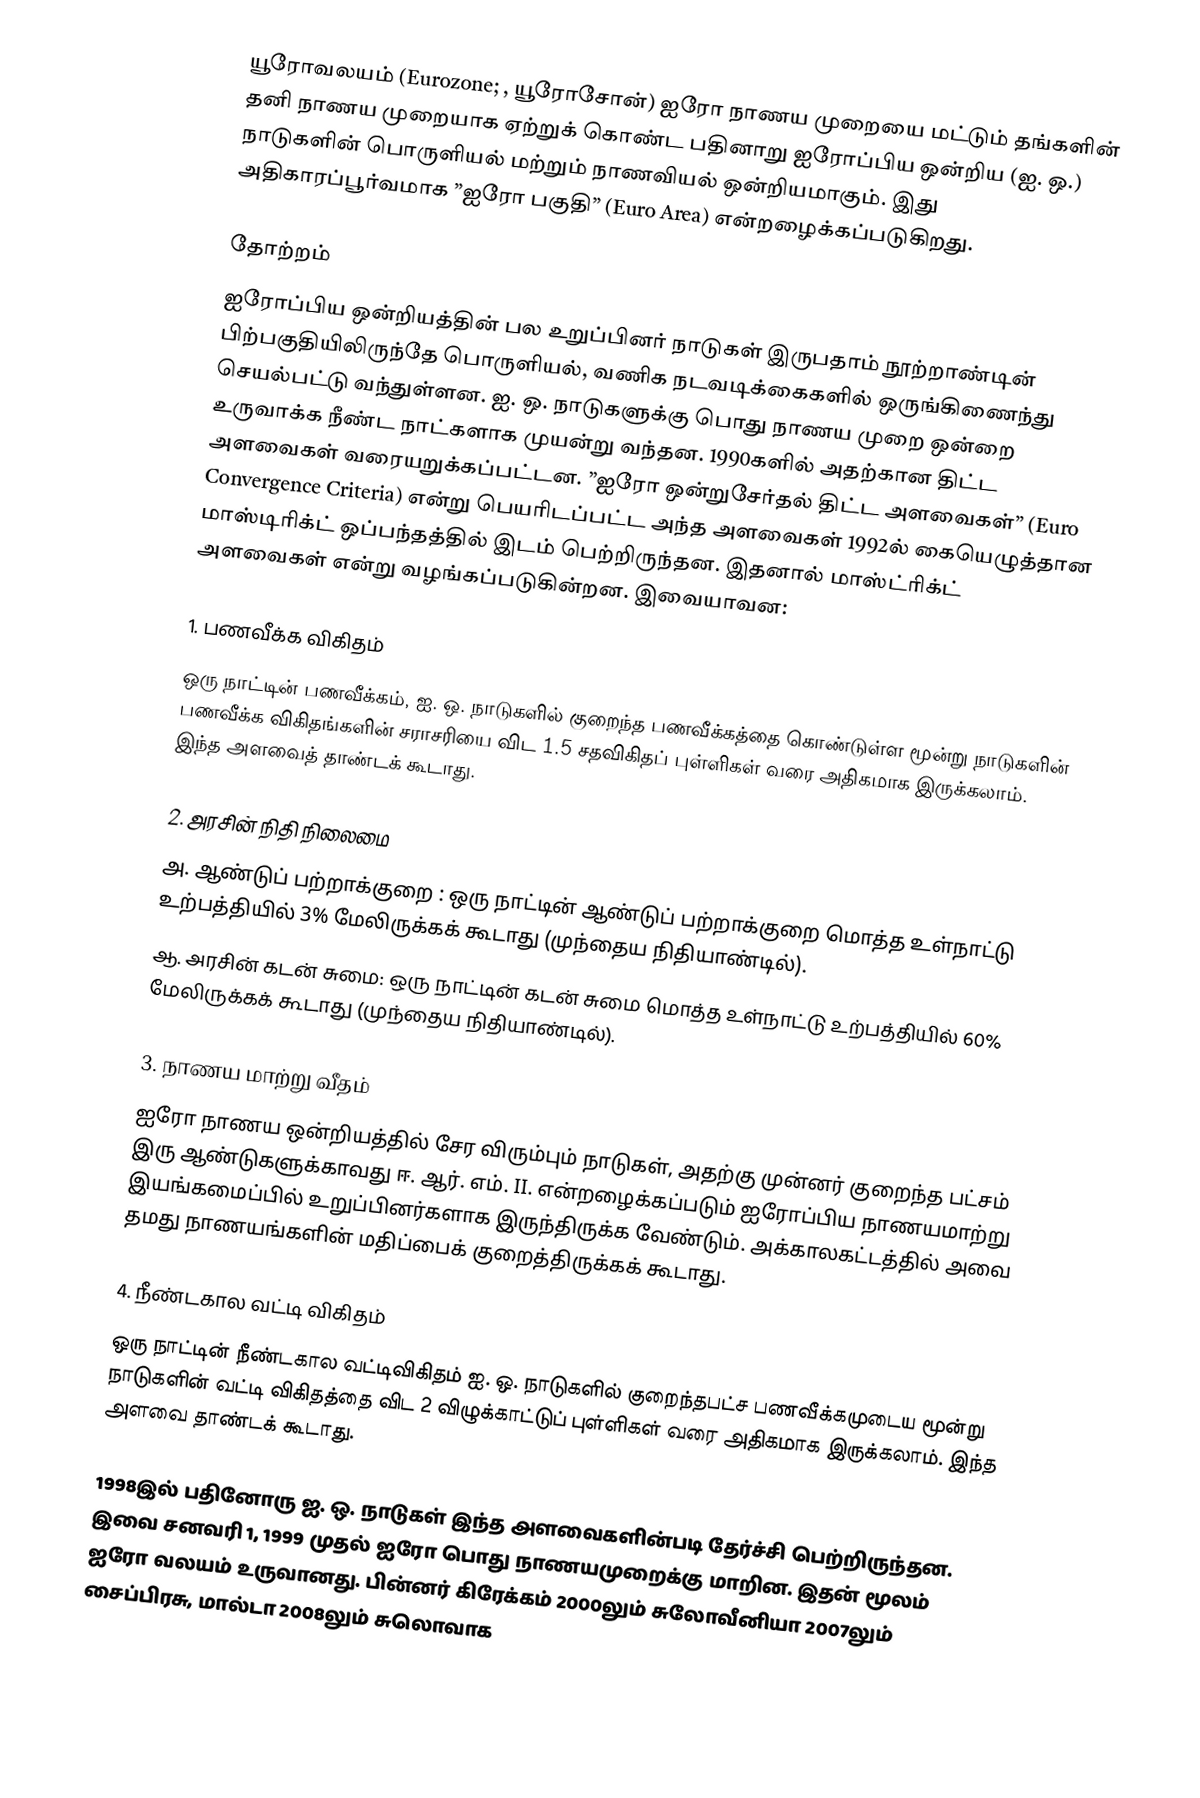
யூரோவலயம் (Eurozone; , யூரோசோன்) ஐரோ நாணய முறையை மட்டும் தங்களின் தனி நாணய முறையாக ஏற்றுக் கொண்ட பதினாறு ஐரோப்பிய ஒன்றிய (ஐ. ஒ.) நாடுகளின் பொருளியல் மற்றும் நாணவியல் ஒன்றியமாகும். இது அதிகாரப்பூர்வமாக ”ஐரோ பகுதி” (Euro Area) என்றழைக்கப்படுகிறது.

தோற்றம்
ஐரோப்பிய ஒன்றியத்தின் பல உறுப்பினர் நாடுகள் இருபதாம் நூற்றாண்டின் பிற்பகுதியிலிருந்தே பொருளியல், வணிக நடவடிக்கைகளில் ஒருங்கிணைந்து செயல்பட்டு வந்துள்ளன. ஐ. ஒ. நாடுகளுக்கு பொது நாணய முறை ஒன்றை உருவாக்க நீண்ட நாட்களாக முயன்று வந்தன. 1990களில் அதற்கான திட்ட அளவைகள் வரையறுக்கப்பட்டன. ”ஐரோ ஒன்றுசேர்தல் திட்ட அளவைகள்” (Euro Convergence Criteria) என்று பெயரிடப்பட்ட அந்த அளவைகள் 1992ல் கையெழுத்தான மாஸ்டிரிக்ட் ஒப்பந்தத்தில் இடம் பெற்றிருந்தன. இதனால் மாஸ்ட்ரிக்ட் அளவைகள் என்று வழங்கப்படுகின்றன. இவையாவன:

1. பணவீக்க விகிதம்
ஒரு நாட்டின் பணவீக்கம், ஐ. ஒ. நாடுகளில் குறைந்த பணவீக்கத்தை கொண்டுள்ள மூன்று நாடுகளின் பணவீக்க விகிதங்களின் சராசரியை விட 1.5 சதவிகிதப் புள்ளிகள் வரை அதிகமாக இருக்கலாம். இந்த அளவைத் தாண்டக் கூடாது.

2. அரசின் நிதி நிலைமை
அ. ஆண்டுப் பற்றாக்குறை : ஒரு நாட்டின் ஆண்டுப் பற்றாக்குறை மொத்த உள்நாட்டு உற்பத்தியில் 3% மேலிருக்கக் கூடாது (முந்தைய நிதியாண்டில்).
ஆ. அரசின் கடன் சுமை: ஒரு நாட்டின் கடன் சுமை மொத்த உள்நாட்டு உற்பத்தியில் 60% மேலிருக்கக் கூடாது (முந்தைய நிதியாண்டில்).

3. நாணய மாற்று வீதம்
ஐரோ நாணய ஒன்றியத்தில் சேர விரும்பும் நாடுகள், அதற்கு முன்னர் குறைந்த பட்சம் இரு ஆண்டுகளுக்காவது ஈ. ஆர். எம். II. என்றழைக்கப்படும் ஐரோப்பிய நாணயமாற்று இயங்கமைப்பில் உறுப்பினர்களாக இருந்திருக்க வேண்டும். அக்காலகட்டத்தில் அவை தமது நாணயங்களின் மதிப்பைக் குறைத்திருக்கக் கூடாது.

4. நீண்டகால வட்டி விகிதம்
ஒரு நாட்டின் நீண்டகால வட்டிவிகிதம் ஐ. ஒ. நாடுகளில் குறைந்தபட்ச பணவீக்கமுடைய மூன்று நாடுகளின் வட்டி விகிதத்தை விட 2 விழுக்காட்டுப் புள்ளிகள் வரை அதிகமாக இருக்கலாம். இந்த அளவை தாண்டக் கூடாது.

1998இல் பதினோரு ஐ. ஒ. நாடுகள் இந்த அளவைகளின்படி தேர்ச்சி பெற்றிருந்தன. இவை சனவரி 1, 1999 முதல் ஐரோ பொது நாணயமுறைக்கு மாறின. இதன் மூலம் ஐரோ வலயம் உருவானது. பின்னர் கிரேக்கம் 2000லும் சுலோவீனியா 2007லும் சைப்பிரசு, மால்டா 2008லும் சுலொவாக